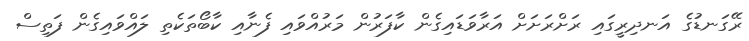
ރޭގަނޑުގެ އަނދިރީގައި ރަށްރަށަށް އަރާވަޑައިގެން ކާފަރުން މަރުއްވައި ފެނާއި ކާބޯތަކެތި ލައްވައިގެން ފަތިސް